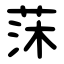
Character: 莯